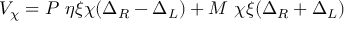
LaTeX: V _ { \chi } = P ~ \eta \xi \chi ( \Delta _ { R } - \Delta _ { L } ) + M ~ \chi \xi ( \Delta _ { R } + \Delta _ { L } )